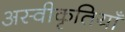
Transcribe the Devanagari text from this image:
अस्वीकृतियाँ